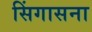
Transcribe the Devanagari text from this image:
सिंगासना